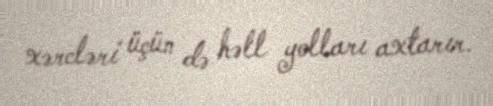
xərcləri üçün də həll yolları axtarır.